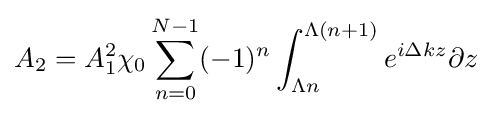
A_{2}=A_{1}^{2}\chi _{0}\sum _{n=0}^{N-1}(-1)^{n}\int _{\Lambda n}^{\Lambda (n+1)}e^{i\Delta kz}\partial z